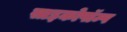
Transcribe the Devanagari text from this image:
साइकोपॉम्प